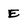
Character: E